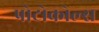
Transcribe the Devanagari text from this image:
प्रोटोकोल्स